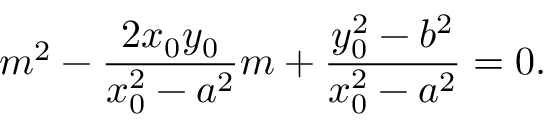
m ^ { 2 } - { \frac { 2 x _ { 0 } y _ { 0 } } { x _ { 0 } ^ { 2 } - a ^ { 2 } } } m + { \frac { y _ { 0 } ^ { 2 } - b ^ { 2 } } { x _ { 0 } ^ { 2 } - a ^ { 2 } } } = 0 .